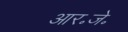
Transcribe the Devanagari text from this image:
आर॰जे॰